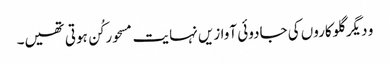
و دیگر گلوکاروں کی جادوئی آوازیں نہایت مسحور کُن ہوتی تھیں۔